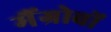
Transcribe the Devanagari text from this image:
मैंग्रोवों